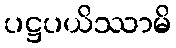
ပဋ္ဌပယိဿာမိ